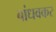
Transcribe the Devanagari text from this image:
बांधवकर